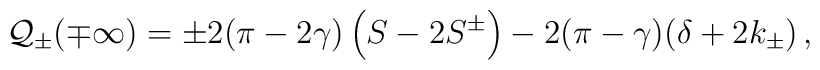
{\cal Q}_{\pm }(\mp \infty )=\pm 2(\pi -2\gamma )\left( S-2S^{\pm }\right) -2(\pi -\gamma )(\delta +2k_{\pm })\, ,